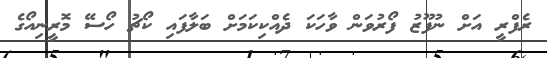
ރެފްރީ އަށް ނުފޫޒު ފޯރުވަން ވާހަކަ ދެއްކިކަމަށް ބަލާފައި ކޯޗު ހޯސޭ މޮރީނިއޯގެ